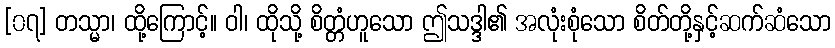
[၀၇] တသ္မာ၊ ထို့ကြောင့်။ ဝါ၊ ထိုသို့ စိတ္တံဟူသော ဤသဒ္ဒါ၏ အလုံးစုံသော စိတ်တို့နှင့်ဆက်ဆံသော